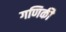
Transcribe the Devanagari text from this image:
गणिकी